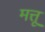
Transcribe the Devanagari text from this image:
मत्तू